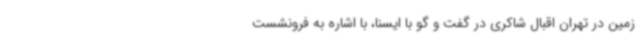
زمین در تهران اقبال شاکری در گفت و گو با ایسنا، با اشاره به فرونشست